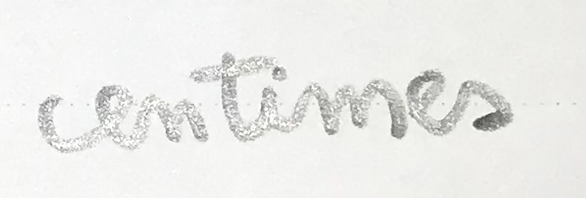
centimes